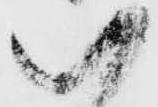
い